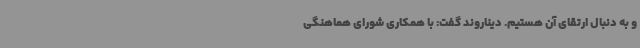
و به دنبال ارتقای آن هستیم. دیناروند گفت: با همکاری شورای هماهنگی